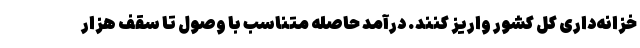
خزانه‌داری کل کشور واریز کنند. درآمد حاصله متناسب با وصول تا سقف هزار